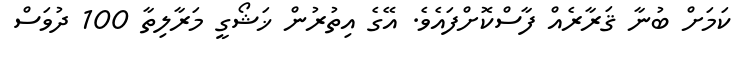
ކަމަށް ބުނާ ޤަރާރެއް ފާސްކޮށްފައެވެ. އޭގެ އިތުރުން ޚަޝޯގީ މަރާލިތާ 100 ދުވަސް